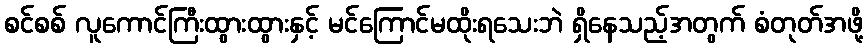
စင်စစ် လူကောင်ကြီးထွားထွားနှင့် မင်ကြောင်မထိုးရသေးဘဲ ရှိနေသည့်အတွက် စံတုတ်အဖို့